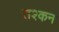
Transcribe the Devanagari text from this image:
तश्कन